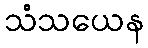
သံသယေန